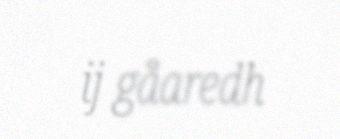
ij gåaredh